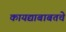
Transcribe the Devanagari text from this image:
कायद्याबाबतचे